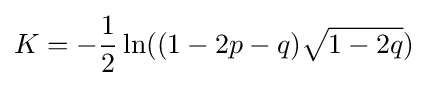
K=-{1 \over 2}\ln((1-2p-q){\sqrt {1-2q}})